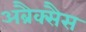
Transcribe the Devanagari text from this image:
अब्रैक्सैस